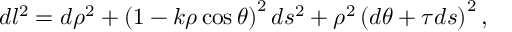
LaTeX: d l ^ { 2 } = d \rho ^ { 2 } + \left( 1 - k \rho \cos \theta \right) ^ { 2 } d s ^ { 2 } + \rho ^ { 2 } \left( d \theta + \tau d s \right) ^ { 2 } ,